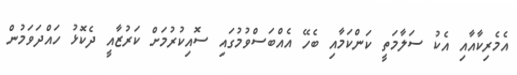
އެމެރިކާއާއި އެކު ސަލާމަތީ ކަންކަމާއި ބެހޭ އެއްބަސްވުމުގައި ސޮއިކުރުމަށް ކަރުޒާއީ ދެކޮޅު ހައްދަވަމުން